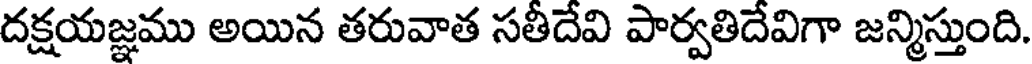
దక్షయజ్ఞము అయిన తరువాత సతీదేవి పార్వతిదేవిగా జన్మిస్తుంది.